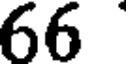
66